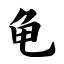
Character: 龟